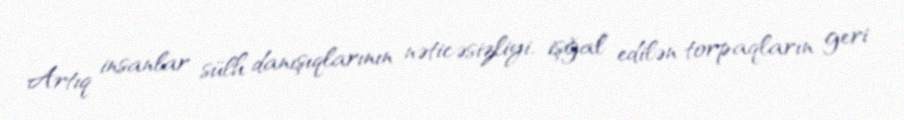
Artıq insanlar sülh danışıqlarının nəticəsizliyi, işğal edilən torpaqların geri